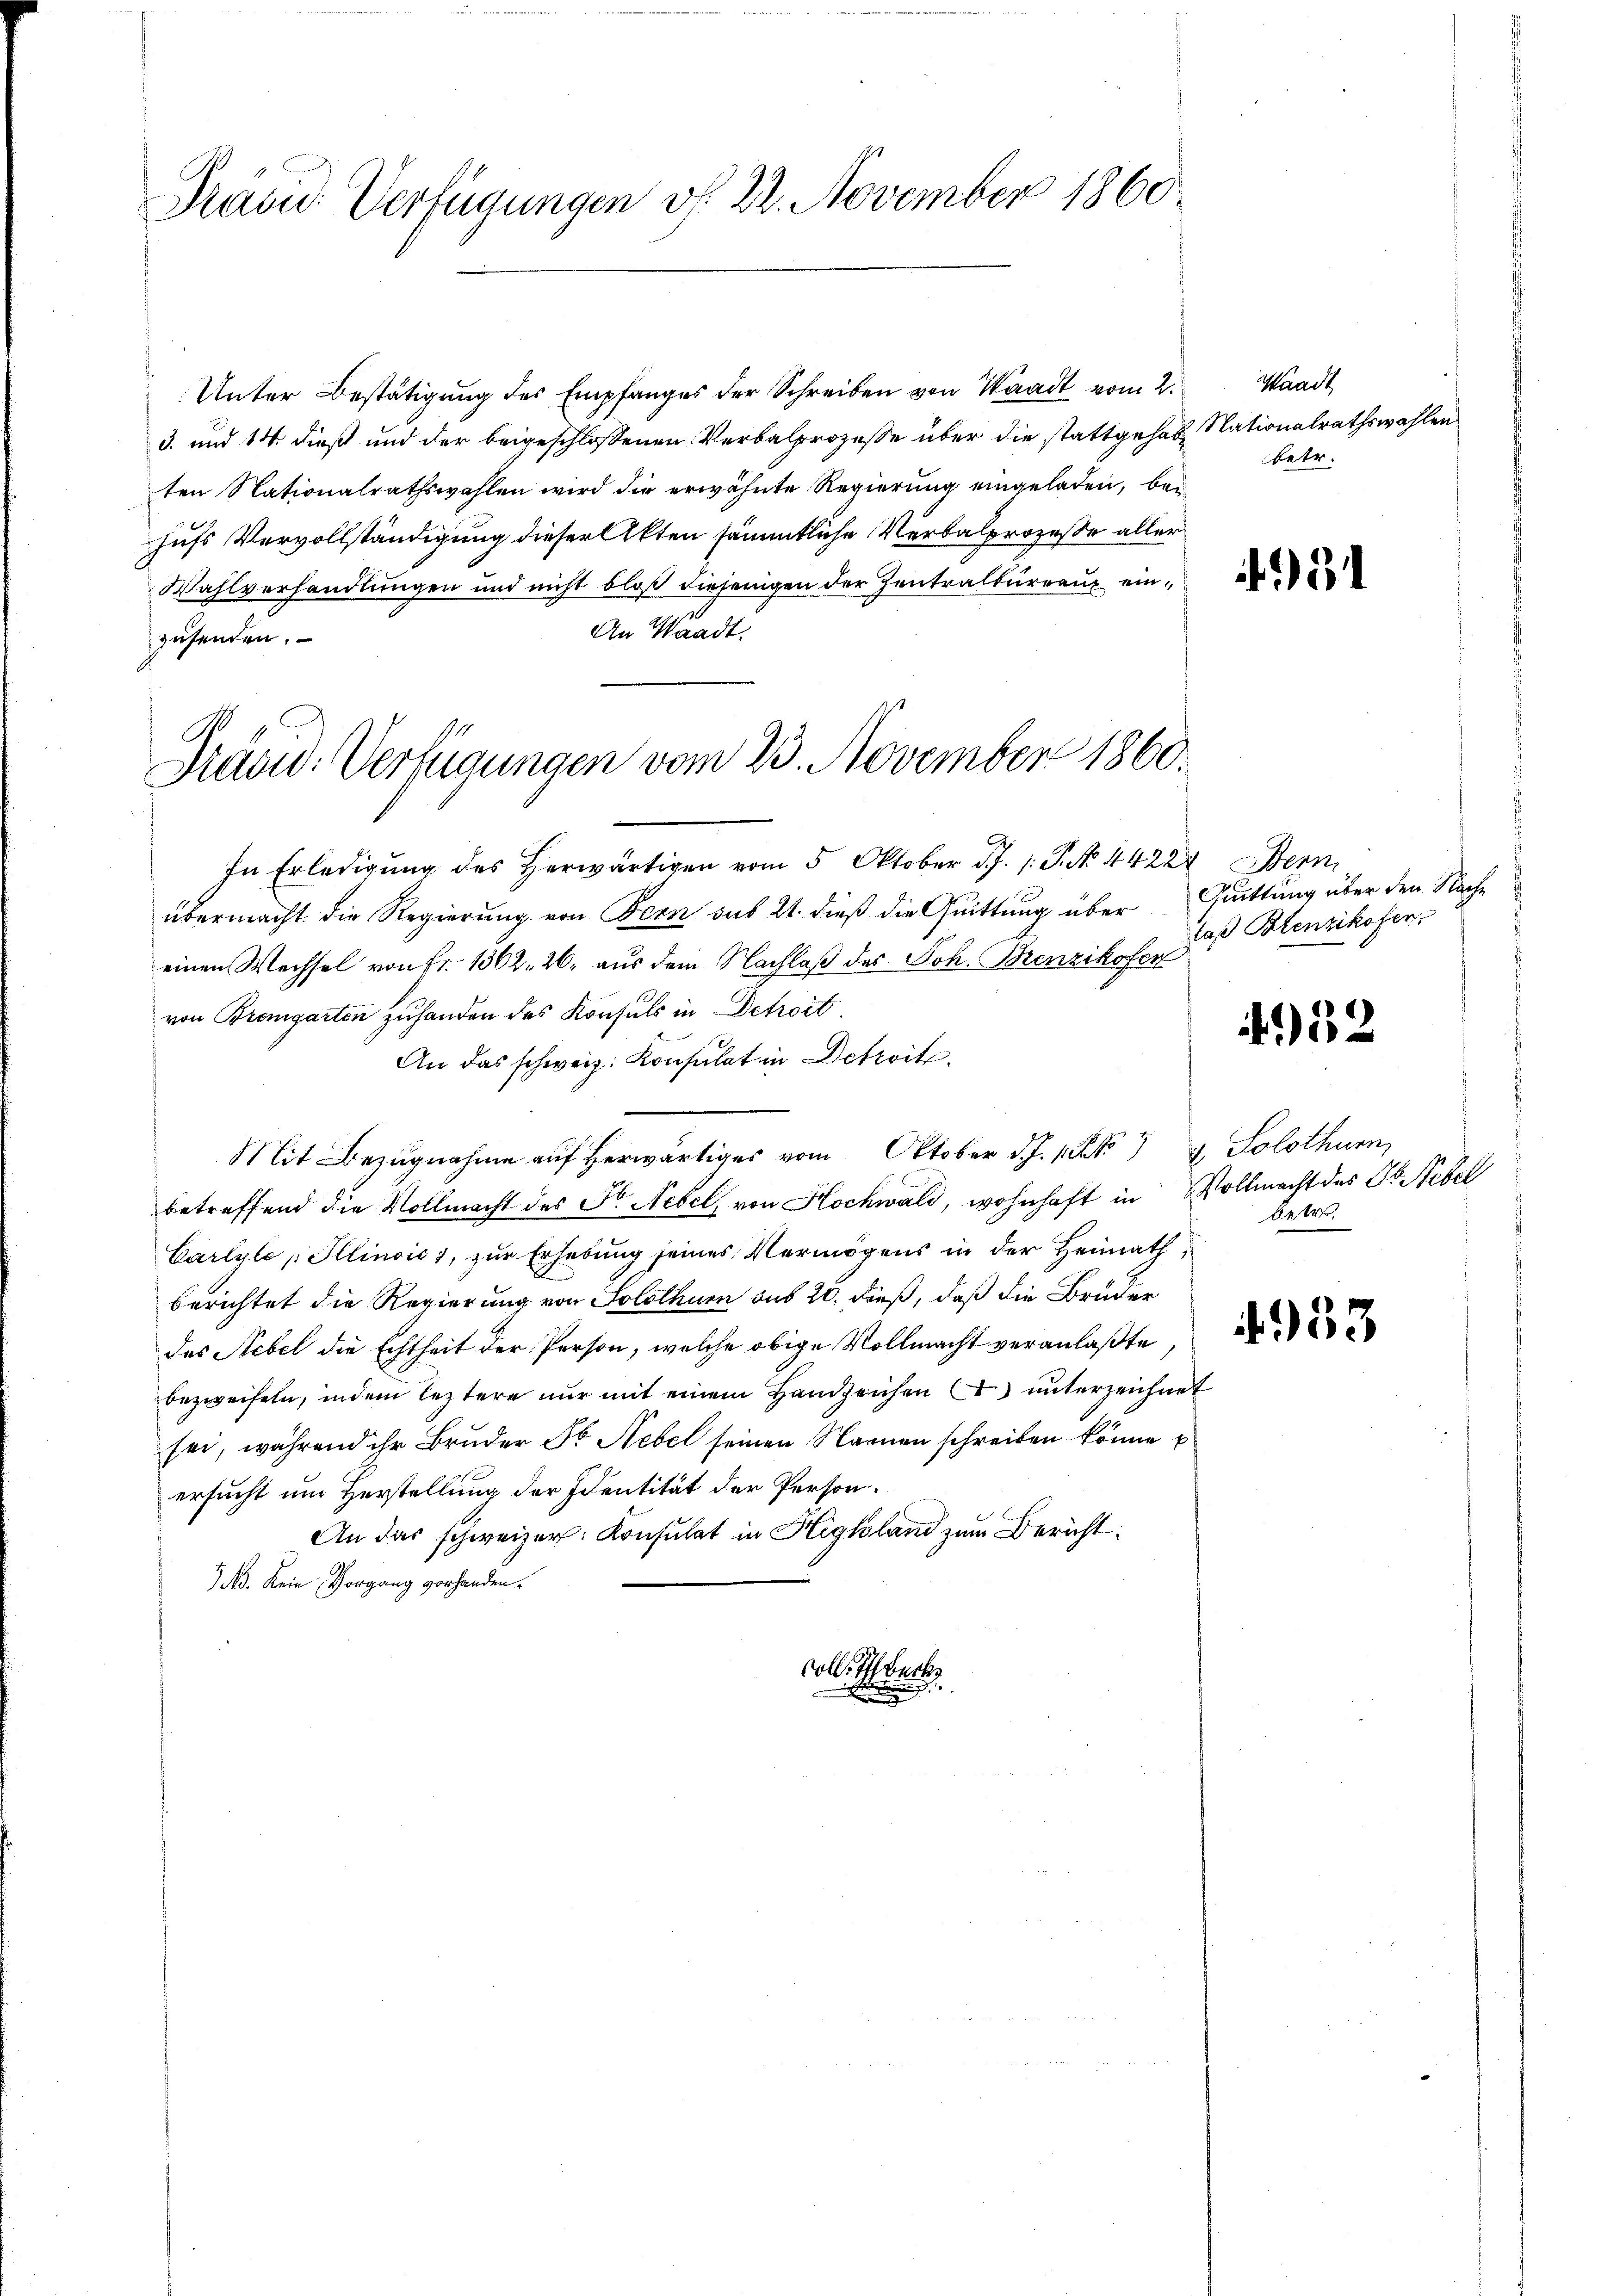
Präsid Verfügungen do 22. November 1860

Unter Bestätigung des Empfanges der Schreiben von Waadt vom 2.
3. und 14 dieß und der beigeschlossenen Verbalprozeße über die stattgehabe Nationalrathswahlen
ten Nationalrathswahlen wird die erwähnte Regierung eingeladen, bei
hufs Vervollständigung dieser Akten sämmtliche Verbalprozesse aller
Wahlverhandlungen und nicht bloß diejenigen der Zentralbureau ein
An Waadt.
zusenden.

Präsid. Verfügungen vom 23. November 1860.

In Erledigung des Herwärtigen vom 5. Oktober d.J. P. No. 44224 Bern
übermacht. Die Regierung von Bern sub 21. dieß die Quittung über
einen Wechsel von Fr. 1362. 26. aus dem Nachlaß des Joh. Brenzikofer
von Bremgarten zuhanden des Konsuls in Detroit
An das schweiz. Konsulat in Betreit
Mit Bezugnahme auf herwärtiges vom Oktober d. J. 1 St  , Solothurn,
betreffend die Vollmacht des Fr. Nebel, von Hochwald, wohnhaft in Vollmacht des Dr. Nebel
Carlyle „Illinois 1, zur Erhebung seines Vermögens in der Heimath
berichtet die Regierung von Solothurn aus 20. dieß, daß die Bruder
das Nebel die Echtheit der Person, welche obige Vollmacht veranlaßte
bezweifeln, indem leztere nur mit einem Handzeichen I. unterzeichnet
sei, während ihr Bruder Dr Nebel seinen Namen schreiben könne
ersucht um Herstellung der Identität der Person.
An das schweizer. Konsulat in Highland zum Bericht¬
 N. Kein Vorgang vorhanden.
soll. Ich back
.

Waadt
betr.

Quittung über den Nache
daß Botenzikofen

452

betr.
4933